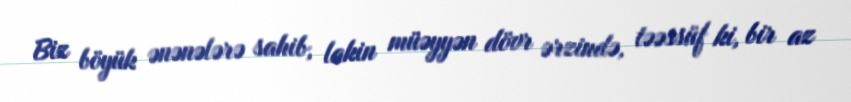
Biz böyük ənənələrə sahib, lakin müəyyən dövr ərzində, təəssüf ki, bir az